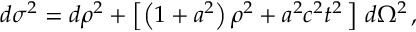
d \sigma ^ { 2 } = d \rho ^ { 2 } + \left[ \left( 1 + a ^ { 2 } \right) \rho ^ { 2 } + a ^ { 2 } c ^ { 2 } t ^ { 2 } \, \right] \, d \Omega ^ { 2 } \, ,